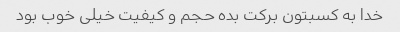
خدا به کسبتون بر‌کت بده حجم و کیفیت خیلی خوب بود